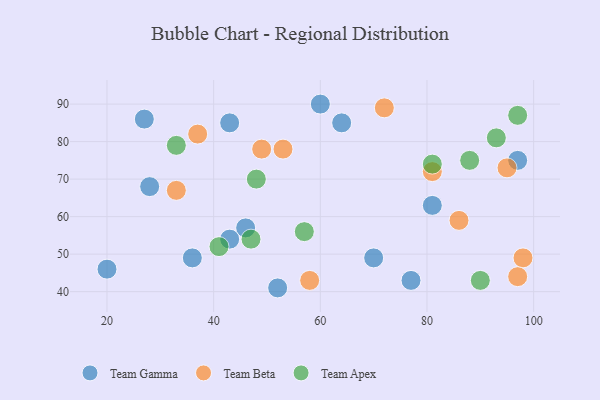
{"axis": {"x": "GDP", "y": "Life Expectancy"}, "legend": ["Team Apex", "Team Beta", "Team Gamma"], "data": [{"x": "36", "y": 49, "type": "Team Gamma"}, {"x": "43", "y": 85, "type": "Team Gamma"}, {"x": "27", "y": 86, "type": "Team Gamma"}, {"x": "60", "y": 90, "type": "Team Gamma"}, {"x": "52", "y": 41, "type": "Team Gamma"}, {"x": "20", "y": 46, "type": "Team Gamma"}, {"x": "28", "y": 68, "type": "Team Gamma"}, {"x": "81", "y": 63, "type": "Team Gamma"}, {"x": "97", "y": 75, "type": "Team Gamma"}, {"x": "46", "y": 57, "type": "Team Gamma"}, {"x": "77", "y": 43, "type": "Team Gamma"}, {"x": "43", "y": 54, "type": "Team Gamma"}, {"x": "64", "y": 85, "type": "Team Gamma"}, {"x": "70", "y": 49, "type": "Team Gamma"}, {"x": "81", "y": 72, "type": "Team Beta"}, {"x": "33", "y": 67, "type": "Team Beta"}, {"x": "86", "y": 59, "type": "Team Beta"}, {"x": "37", "y": 82, "type": "Team Beta"}, {"x": "98", "y": 49, "type": "Team Beta"}, {"x": "49", "y": 78, "type": "Team Beta"}, {"x": "95", "y": 73, "type": "Team Beta"}, {"x": "72", "y": 89, "type": "Team Beta"}, {"x": "97", "y": 44, "type": "Team Beta"}, {"x": "53", "y": 78, "type": "Team Beta"}, {"x": "58", "y": 43, "type": "Team Beta"}, {"x": "90", "y": 43, "type": "Team Apex"}, {"x": "57", "y": 56, "type": "Team Apex"}, {"x": "93", "y": 81, "type": "Team Apex"}, {"x": "48", "y": 70, "type": "Team Apex"}, {"x": "88", "y": 75, "type": "Team Apex"}, {"x": "47", "y": 54, "type": "Team Apex"}, {"x": "81", "y": 74, "type": "Team Apex"}, {"x": "97", "y": 87, "type": "Team Apex"}, {"x": "41", "y": 52, "type": "Team Apex"}, {"x": "33", "y": 79, "type": "Team Apex"}]}